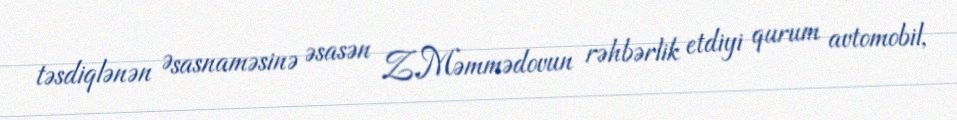
təsdiqlənən Əsasnaməsinə əsasən Z.Məmmədovun rəhbərlik etdiyi qurum avtomobil,